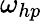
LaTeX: \omega_{hp}